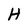
Character: H